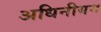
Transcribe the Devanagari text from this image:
अधिनीयम